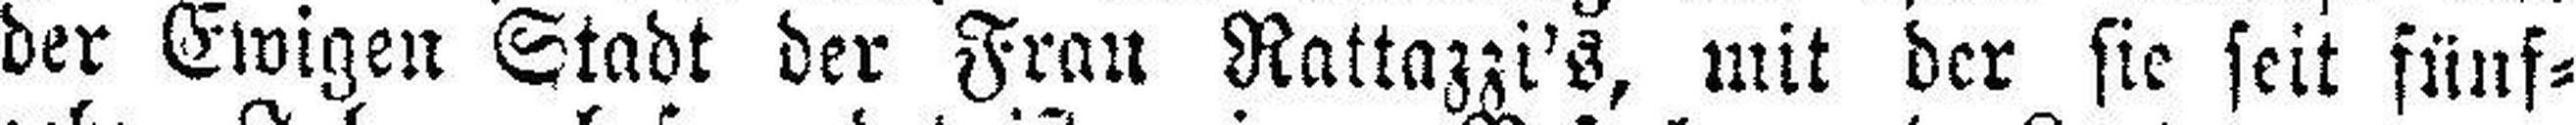
der Ewigen Stadt der Frau Rattazzi's, mit der sie seit fünf¬